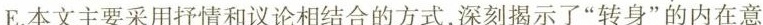
E.本文主要采用抒情和议论相结合的方式，深刻揭示了“转身”的内在意